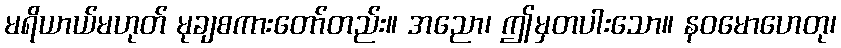
မရိယာယ်မဟုတ် မုချစကားတော်တည်း။ အညော၊ ဤမှတပါးသော။ နဝမောဟေတု၊